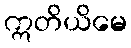
ဣတိယိမေ